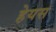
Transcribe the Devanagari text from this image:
हेयस